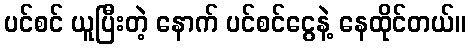
ပင်စင် ယူပြီးတဲ့ နောက် ပင်စင်ငွေနဲ့ နေထိုင်တယ်။